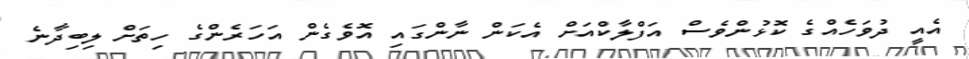
އެއީ ދުވަހެއްގެ ކޮޅުންވެސް އަފްލާކްއަށް އެކަން ނާންގައި އޮވެގެން އަހަރެންގެ ހިތަށް ލިބިދާނެ